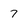
Character: 7